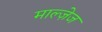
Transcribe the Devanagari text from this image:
माल्ज़ेज